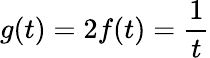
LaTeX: g(t)=2f(t)=\frac{1}{t}